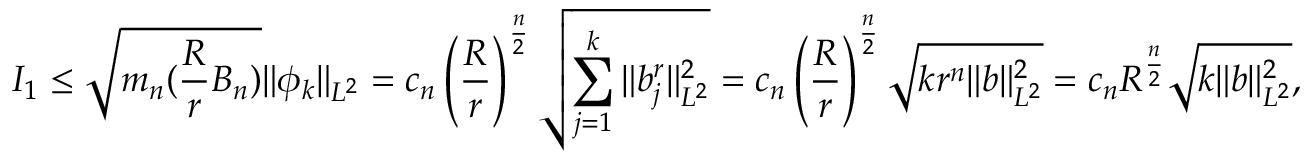
I _ { 1 } \leq \sqrt { m _ { n } ( \frac { R } { r } B _ { n } ) } \| \phi _ { k } \| _ { L ^ { 2 } } = c _ { n } \left( \frac { R } { r } \right) ^ { \frac { n } { 2 } } \sqrt { \sum _ { j = 1 } ^ { k } \| b _ { j } ^ { r } \| _ { L ^ { 2 } } ^ { 2 } } = c _ { n } \left( \frac { R } { r } \right) ^ { \frac { n } { 2 } } \sqrt { k r ^ { n } \| b \| _ { L ^ { 2 } } ^ { 2 } } = c _ { n } R ^ { \frac { n } { 2 } } \sqrt { k \| b \| _ { L ^ { 2 } } ^ { 2 } } ,